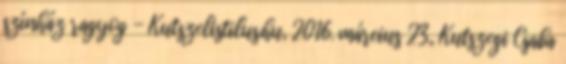
színház ragyog - Kutszelistilus.hu, 2016. március 23., Kutszegi Csaba